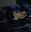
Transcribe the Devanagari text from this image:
सेक्स्टा